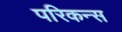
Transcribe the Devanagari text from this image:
परिकन्स